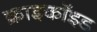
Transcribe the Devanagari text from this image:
क्राइकॉइड